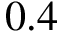
0 . 4